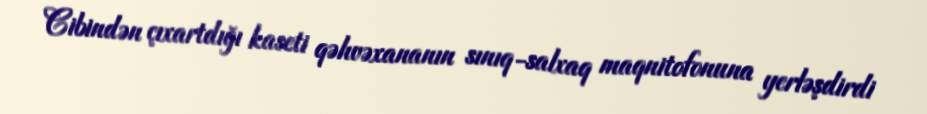
Cibindən çıxartdığı kaseti qəhvəxananın sınıq-salxaq maqnitofonuna yerləşdirdi